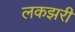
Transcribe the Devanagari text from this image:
लकझरी